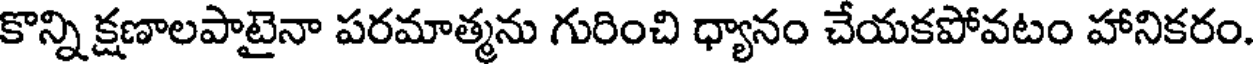
కొన్ని క్షణాలపాటైనా పరమాత్మను గురించి ధ్యానం చేయకపోవటం హానికరం